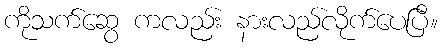
ကိုသက်ဆွေ ကလည်း နားလည်လိုက်ပေပြီ။